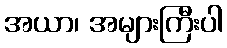
အယာ၊ အများကြီးပါ